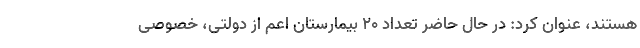
هستند، عنوان کرد: در حال حاضر تعداد ۲۰ بیمارستان اعم از دولتی، خصوصی